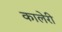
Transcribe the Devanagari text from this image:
कालेरी